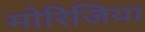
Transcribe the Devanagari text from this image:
मोरिजिया